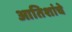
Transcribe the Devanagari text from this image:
आतिशांचे